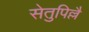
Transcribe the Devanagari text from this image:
सेतुपिल्लै